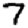
Digit: 7